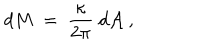
d M ~ = ~ { \frac { \kappa } { 2 \pi } } ~ d { \cal A } ~ ,